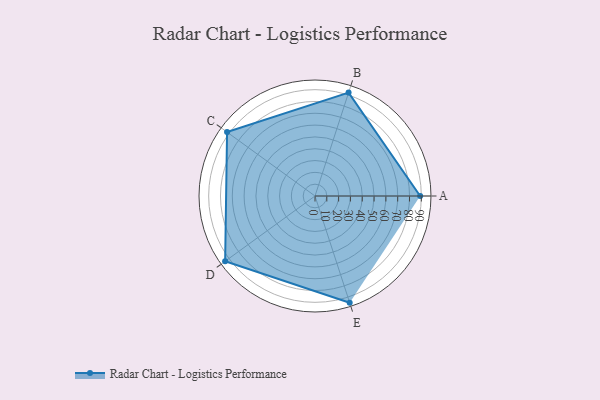
{"axis": {"x": "Skill", "y": "Score"}, "legend": ["Profile"], "data": [{"x": "A", "y": 89.0, "type": "Profile"}, {"x": "B", "y": 92.0, "type": "Profile"}, {"x": "C", "y": 92.0, "type": "Profile"}, {"x": "D", "y": 94.0, "type": "Profile"}, {"x": "E", "y": 95.0, "type": "Profile"}]}